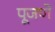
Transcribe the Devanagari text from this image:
पूजणे